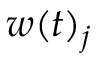
w ( t ) _ { j }